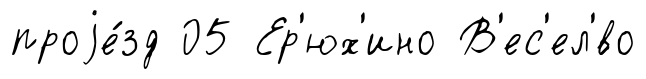
проjе́зд 05 Ер'юх'ино В'ес'ел'́во